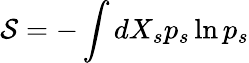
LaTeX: \mathcal{S}=-\int dX_{s}p_{s}\ln p_{s}